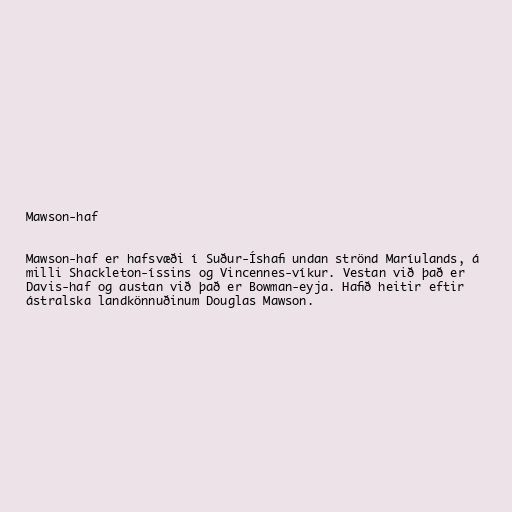
Mawson-haf

Mawson-haf er hafsvæði í Suður-Íshafi undan strönd Maríulands, á
milli Shackleton-íssins og Vincennes-víkur. Vestan við það er
Davis-haf og austan við það er Bowman-eyja. Hafið heitir eftir
ástralska landkönnuðinum Douglas Mawson.